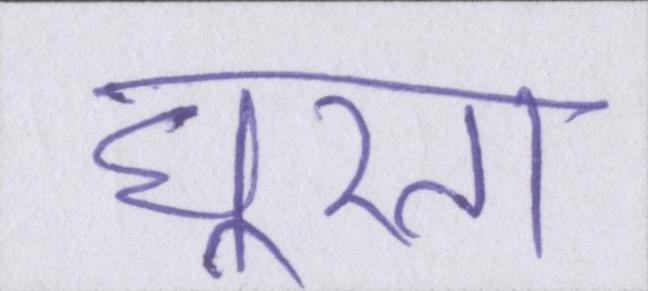
घूरता